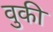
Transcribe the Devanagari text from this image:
वुकी